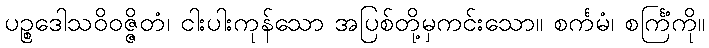
ပဉ္စဒေါသဝိဝဇ္ဇိတံ၊ ငါးပါးကုန်သော အပြစ်တို့မှကင်းသော။ စင်္ကမံ၊ စင်္ကြံကို။